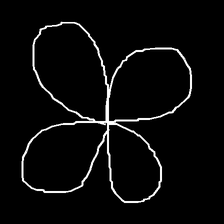
Glyph: billowing